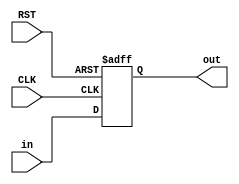
module program_counter #
(
  parameter INSTRUCTION_WIDTH  = 32 
)
(
  input  wire                          CLK ,
  input  wire                          RST ,
  
  input  wire [INSTRUCTION_WIDTH-1:0]  in  ,
  
  output reg  [INSTRUCTION_WIDTH-1:0]  out
);

always @ (posedge CLK or negedge RST)
  begin
    if (!RST)
        out <= {INSTRUCTION_WIDTH{1'b0}};
    else
        out <= in;
  end
  
endmodule